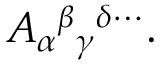
A _ { \alpha } { } ^ { \beta } { } _ { \gamma } { } ^ { \delta \cdots } .